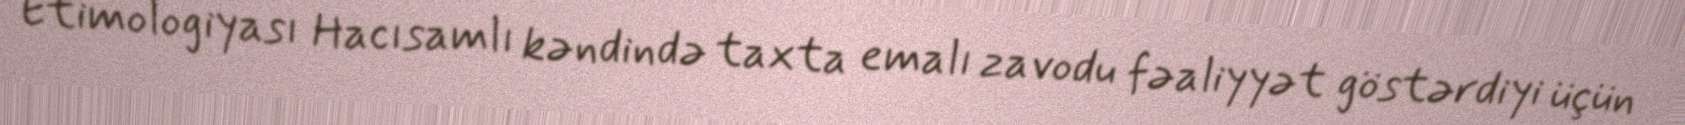
Etimologiyası Hacısamlı kəndində taxta emalı zavodu fəaliyyət göstərdiyi üçün